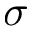
\sigma